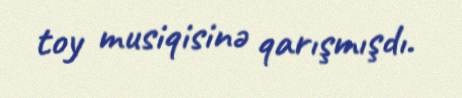
toy musiqisinə qarışmışdı.